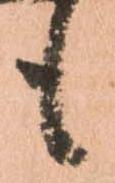
も